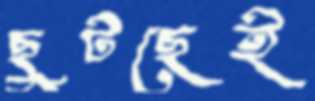
ছুটছেই